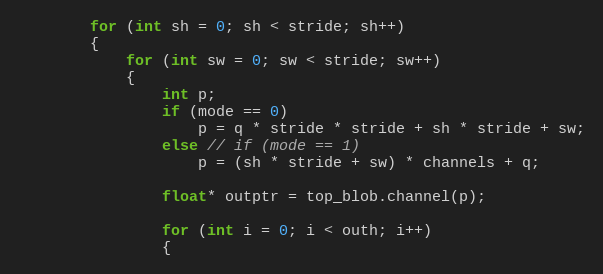
Language: C++
        for (int sh = 0; sh < stride; sh++)
        {
            for (int sw = 0; sw < stride; sw++)
            {
                int p;
                if (mode == 0)
                    p = q * stride * stride + sh * stride + sw;
                else // if (mode == 1)
                    p = (sh * stride + sw) * channels + q;

                float* outptr = top_blob.channel(p);

                for (int i = 0; i < outh; i++)
                {